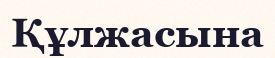
Құлжасына